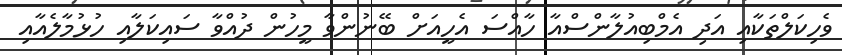
ވެހިކަލްތަކާއި އަދި އެމްބިއުލާންސްއާ ހާއްސަ އެހީއަށް ބޭނުންވާ މީހުން ދުއްވާ ސައިކަލާއި ހުޅުމާލެއާއި